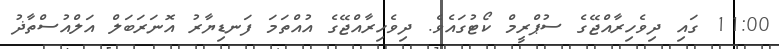
11:00 ގައި ދިވެހިރާއްޖޭގެ ސުޕްރީމް ކޯޓުގައެވެ. ދިވެހިރާއްޖޭގެ އުއްތަމަ ފަނޑިޔާރު އޮނަރަބަލް އަލްއުސްތާޛު